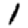
Digit: 1